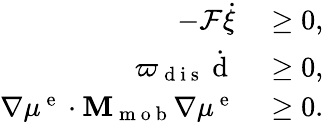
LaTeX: \begin{array}{rl}{-\mathcal{F}\dot{\xi}}&{{}\ge 0,}\\ {\varpi_{\mathrm{~d~i~s~}}\dot{\mathrm{~d~}}}&{{}\ge 0,}\\ {\nabla\mu^{\mathrm{~e~}}\cdot{\mathbf M}_{\mathrm{~m~o~b~}}\nabla\mu^{\mathrm{~e~}}}&{{}\ge 0.}\end{array}